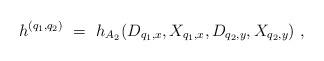
LaTeX: \begin{align*} h^{(q_1,q_2)}\ =\ h_{A_2}(D_{q_1, x}, X_{q_1, x}, D_{q_2, y}, X_{q_2, y})\ ,\end{align*}